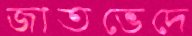
জাতভেদে